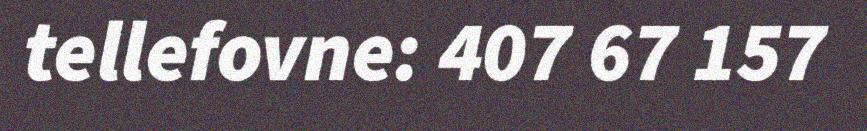
tellefovne: 407 67 157